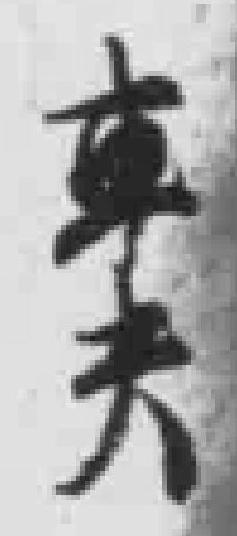
車夫